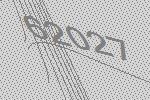
62027